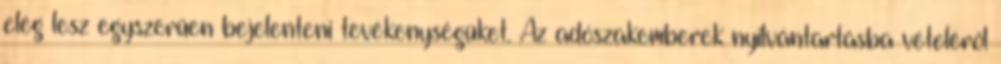
elég lesz egyszerűen bejelenteni tevékenységüket. Az adószakemberek nyilvántartásba vételéről